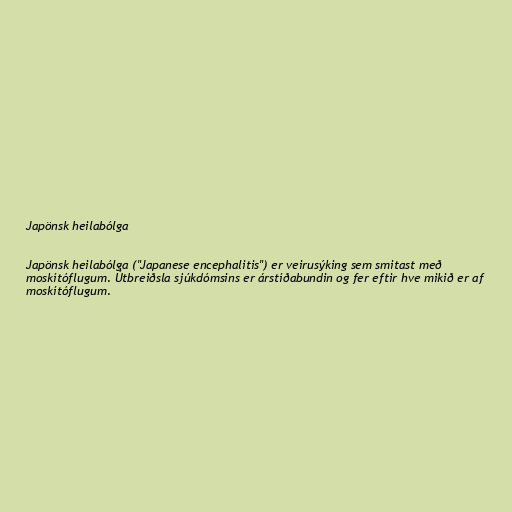
Japönsk heilabólga

Japönsk heilabólga ("Japanese encephalitis") er veirusýking sem smitast með
moskítóflugum. Útbreiðsla sjúkdómsins er árstíðabundin og fer eftir hve mikið er af
moskítóflugum.